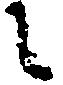
之